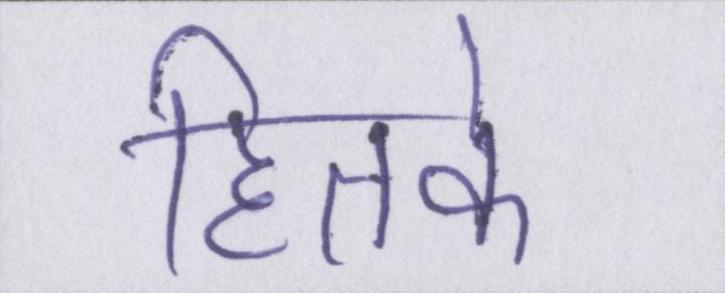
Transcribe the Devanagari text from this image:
हितके